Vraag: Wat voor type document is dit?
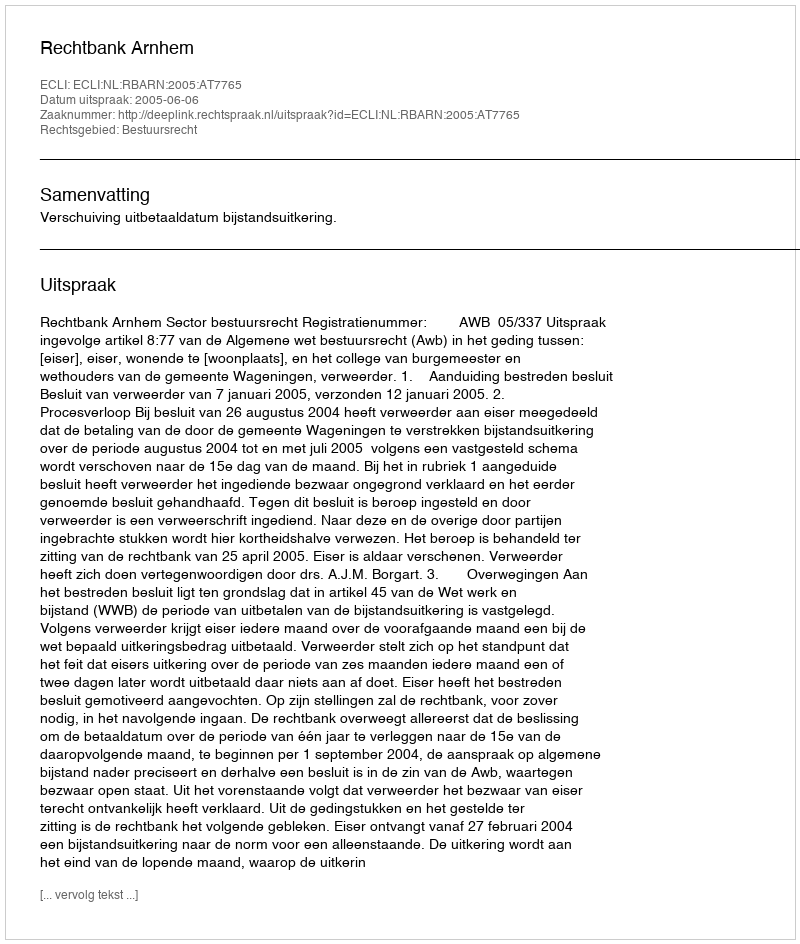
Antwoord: Uitspraak